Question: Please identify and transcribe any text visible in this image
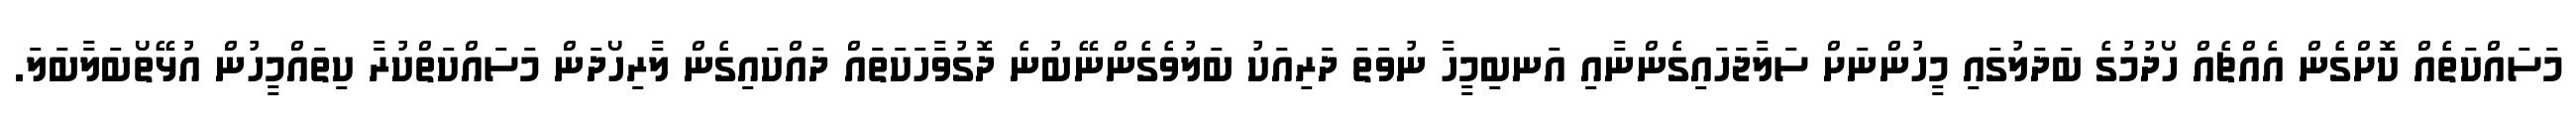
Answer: މަސައްކަތެއް ކޮށްގެން އެއްޗެއް ހޯދުމުގެ ބަދަލުގައި މީހުންނަށް ސަލާޖަހައިގެންނާއި އަނބިމީހާ ނުވަތަ ދަރިއަކު ބަލުވެގެންނޭބުނެ ދޮގުވާހަކަތައް ދައްކައިގެން ލާރިހޯދަން މަސައްކަތްކުރާ ކިތައްމީހުން އުޅޭތޯބަލާބަލަ.